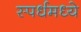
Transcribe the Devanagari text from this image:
स्पर्धमध्ये